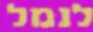
לנמל